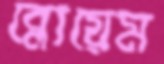
ব্লোয়েম